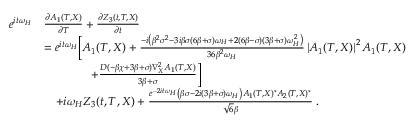
\begin{array} { r l } { e ^ { i t \omega _ { H } } } & { \frac { \partial A _ { 1 } ( T , X ) } { \partial T } + \frac { \partial Z _ { 3 } ( t , T , X ) } { \partial t } } \\ & { = e ^ { i t \omega _ { H } } \bigg [ A _ { 1 } ( T , X ) + \frac { - i \left( \beta ^ { 2 } \sigma ^ { 2 } - 3 i \beta \sigma ( 6 \beta + \sigma ) \omega _ { H } + 2 ( 6 \beta - \sigma ) ( 3 \beta + \sigma ) \omega _ { H } ^ { 2 } \right) } { 3 6 \beta ^ { 2 } \omega _ { H } } \left| A _ { 1 } ( T , X ) \right| ^ { 2 } A _ { 1 } ( T , X ) } \\ & { \qquad \qquad + \frac { D ( - \beta \chi + 3 \beta + \sigma ) \nabla _ { X } ^ { 2 } A _ { 1 } ( T , X ) } { 3 \beta + \sigma } \bigg ] } \\ & { \quad + i \omega _ { H } Z _ { 3 } ( t , T , X ) + \frac { e ^ { - 2 i t \omega _ { H } } \left( \beta \sigma - 2 i ( 3 \beta + \sigma ) \omega _ { H } \right) A _ { 1 } ( T , X ) ^ { * } A _ { 2 } ( T , X ) ^ { * } } { \sqrt { 6 } \beta } \; . } \end{array}